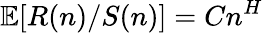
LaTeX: \mathbb{E}[R(n)/S(n)]=Cn^{H}